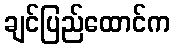
ချင်ပြည်ထောင်က